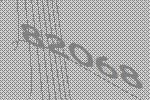
82068